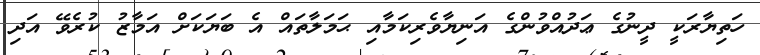
ހަތިޔާރަކީ ދީނުގެ ޢަދުއްވުންގެ އަނިޔާވެރިކަމާއި ޙަމަލާތައް އެ ބަޔަކަށް އަމާޒު ކުރެވޭ އަދި